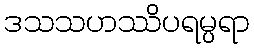
ဒသသဟဿိပရမ္ပရာ